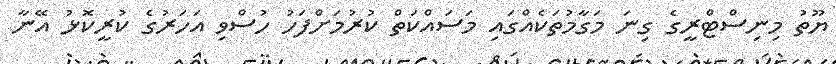
ޔޫތު މިނިސްޓްރީގެ ގިނަ މަގާމުތަކެއްގައި މަސައްކަތް ކުރުމަށްފަހު ހުސްވި އަހަރުގެ ކުރީކޮޅު އޭނާ